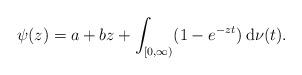
LaTeX: \begin{align*}\psi (z)=a+bz+\int_{[0, \infty)} (1-e^{-zt}) {\: \rm d}\nu (t).\end{align*}